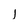
Character: l